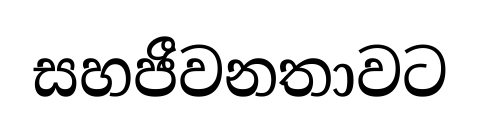
සහජීවනතාවට